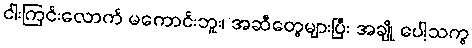
ငါးကြင်းလောက် မကောင်းဘူး၊ အဆီတွေများပြီး အချို ပေါ့သကွ